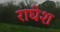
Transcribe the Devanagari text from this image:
राघेश